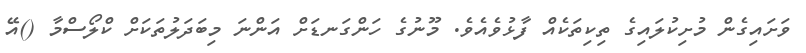
ވަށައިގެން މުށިކުލައިގެ ތިކިތަކެއް ފާޅުވެއެވެ. މޫނުގެ ހަންގަނޑަށް އަންނަ މިބަދަލުތަކަށް ކްލޯސްމާ ()އޭ